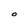
Character: O